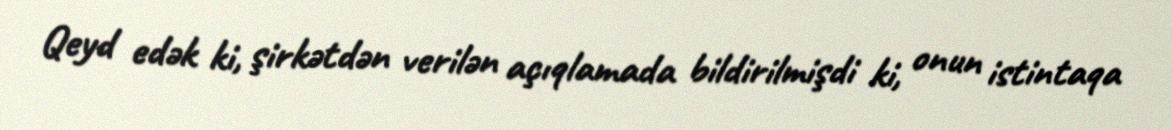
Qeyd edək ki, şirkətdən verilən açıqlamada bildirilmişdi ki, onun istintaqa